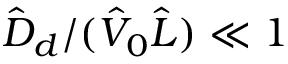
\hat { D } _ { d } / ( \hat { V } _ { 0 } \hat { L } ) \ll 1